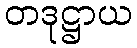
တဒုဋ္ဌာယ